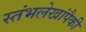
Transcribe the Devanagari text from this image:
स्तंभलेखांपैकी